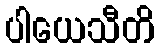
ပါယေသီတိ